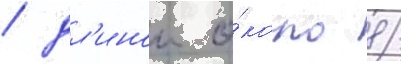
/ дл'инои о́коло 8